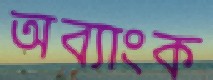
অব্যাংক